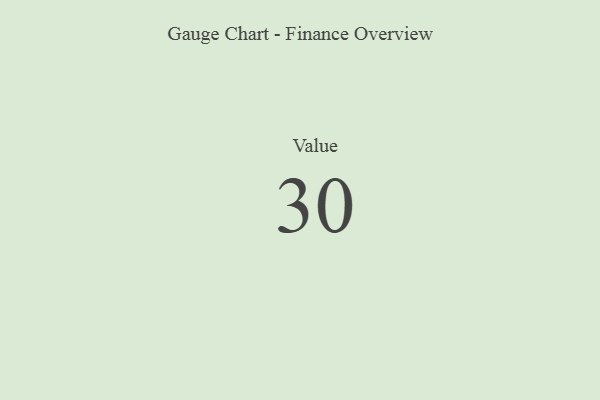
{"axis": {"x": "Metric", "y": "Value"}, "legend": [""], "data": [{"x": "Value", "y": 30, "type": ""}]}